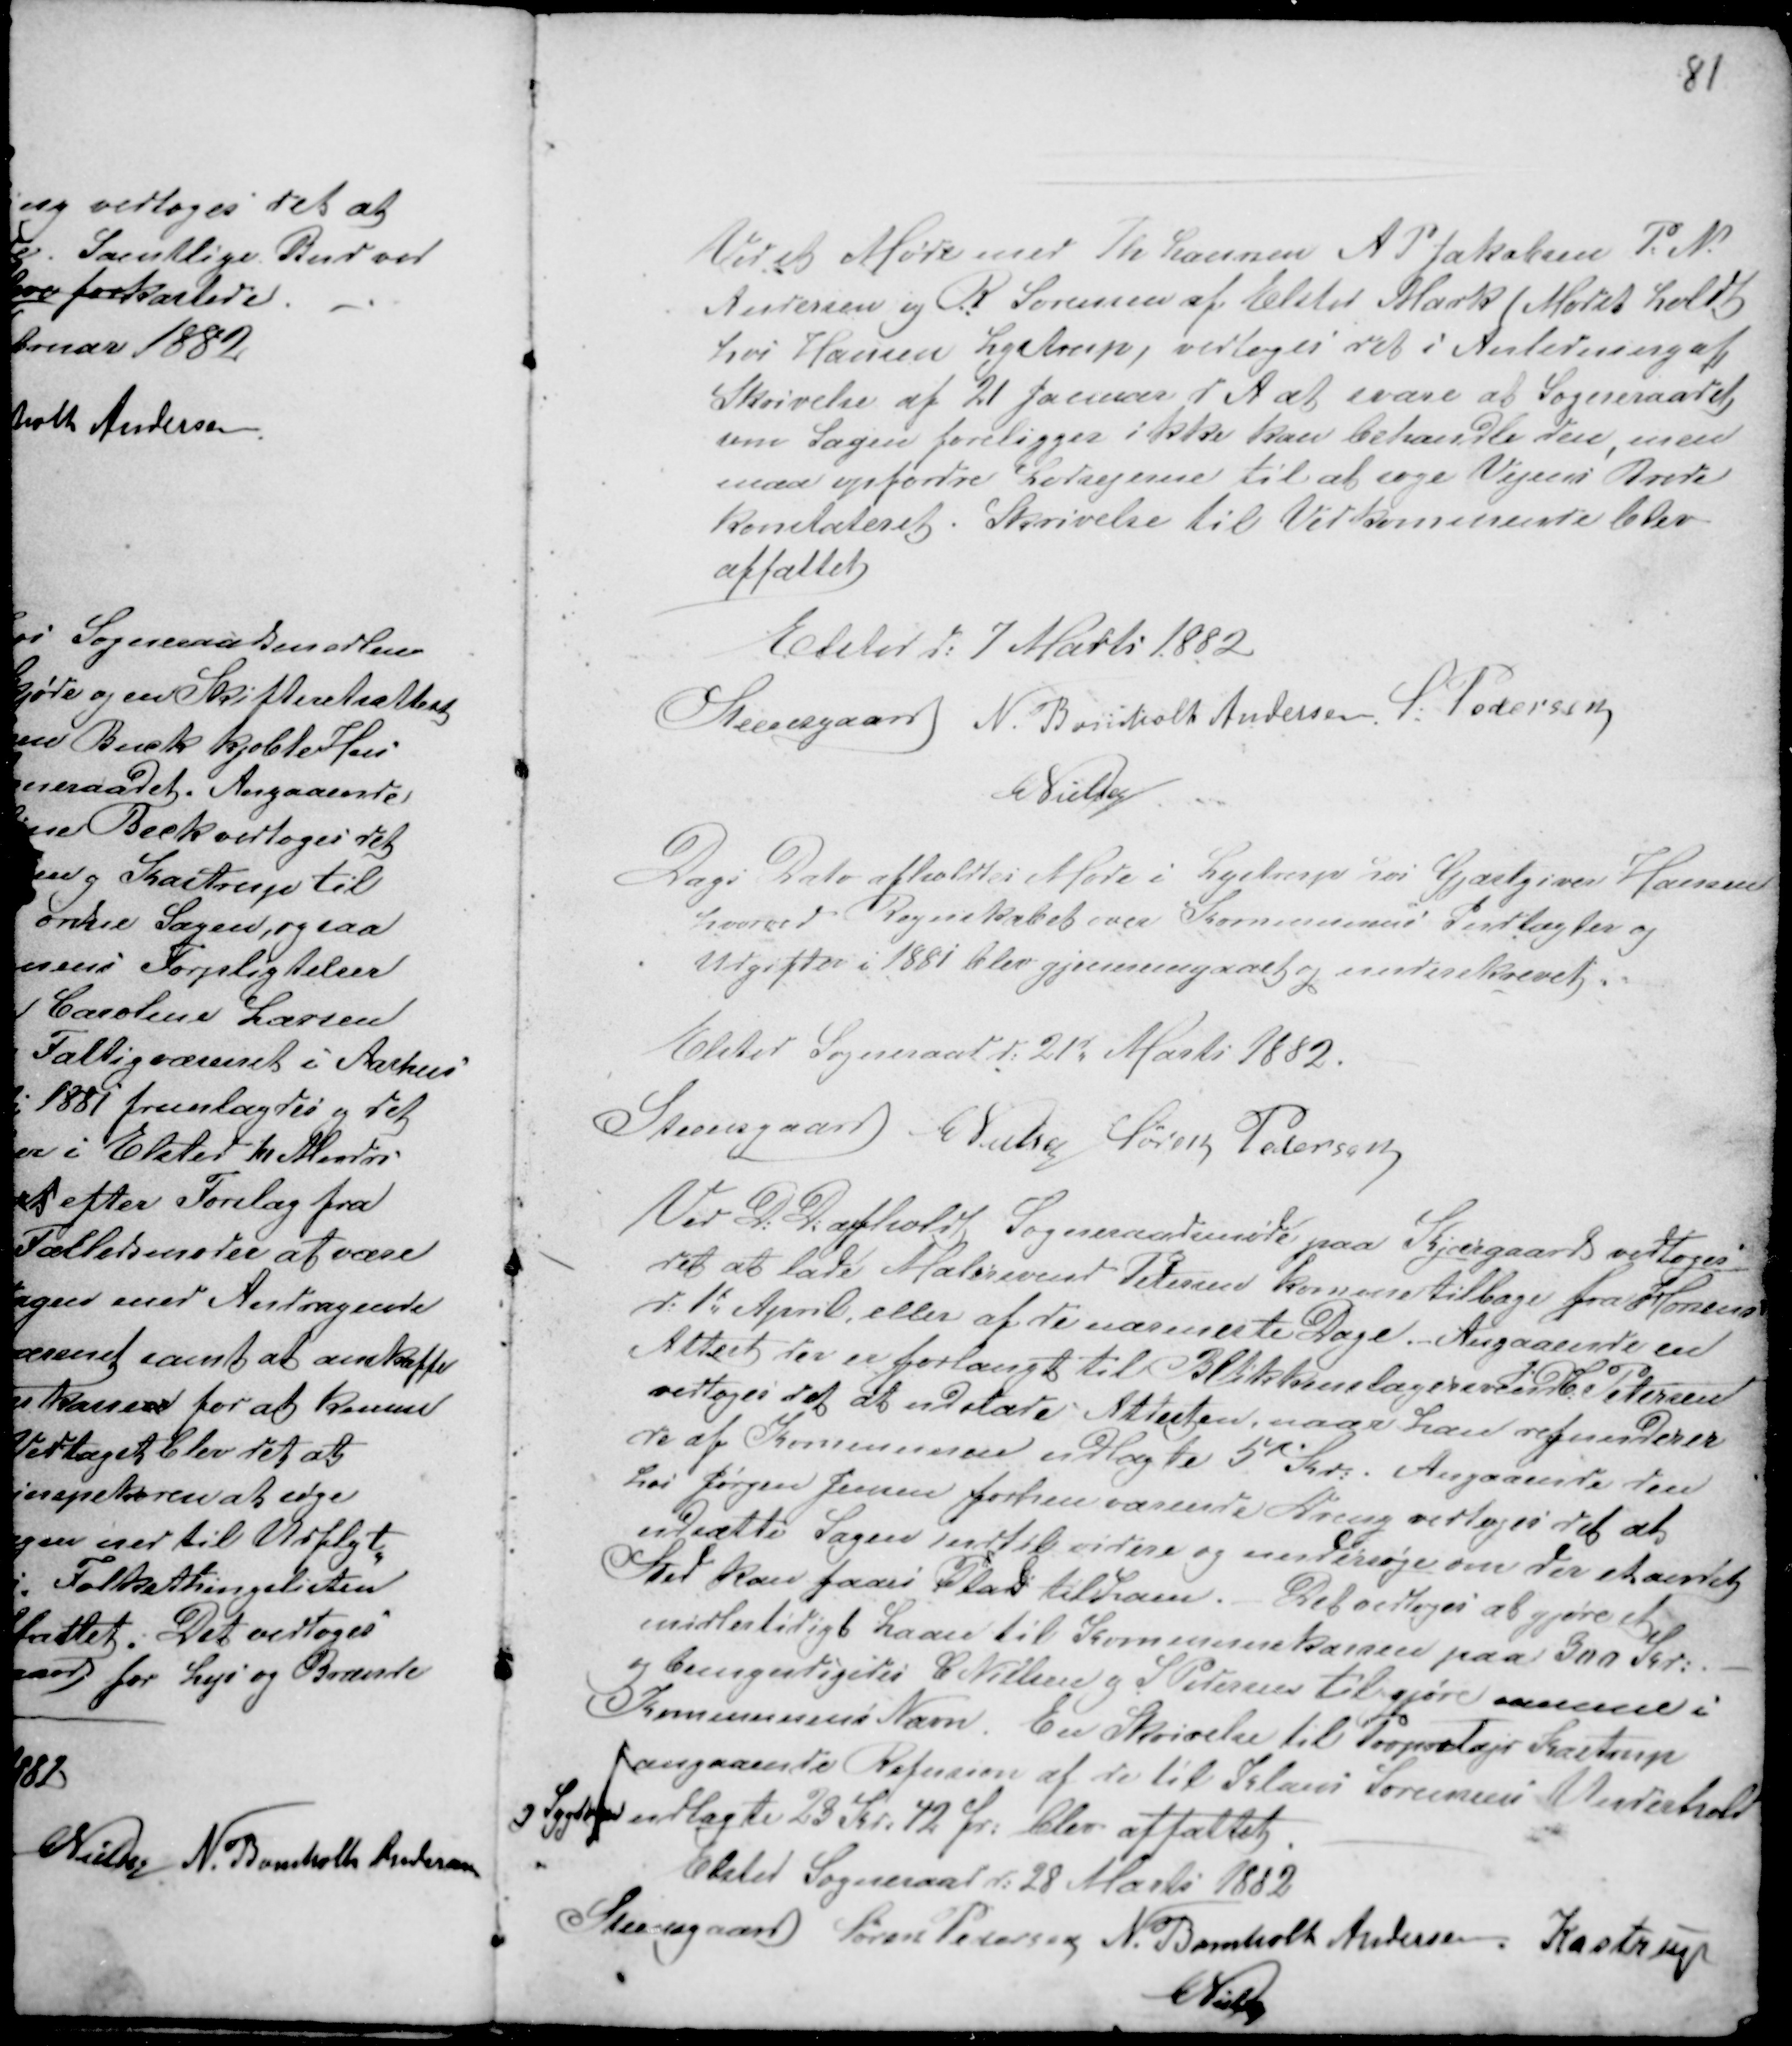
Transskription:
Ved et Møde med Th Laursen A P Jakobsen P. N.
Andersen og R Sørensen af Elsted Mark (Mødet holdt
hos Hansen Lystrup) vedtoges det i Anledning af
Skrivelse af 21 Januar d A at svare at Sogneraadet
som Sagen foreligger ikke kan behandle den, men
maa opfordre Lodsejerne til at søge Vejens Brede
konstateret. Skrivelse til Vedkommende blev
affattet
Elsted d: 7 Marts 1882.
Steensgaard N. Bomholt Andersen. S: Pedersen
CNielsen

Dags Dato afholdtes Møde i Lystrup hos Gjæstgiver Hansen
hvorved Regnskab over Kommunens Indtægter og
Udgifter i 1881 blev gjennemgaaet og underskrevet.
Elsted Sogneraad d: 21d Marts 1882.
Steensgaard C Nielsen Søren Pedersen

Ved D: D: afholdt Sogneraadsmøde paa Kjærgaard vedtoges
det at lade Malersvend Petersen komme tilbage fra Horsens
d: 1d April, eller af de nærmeste Dage. Angaaende en
Attest der er forlangt til Blikkenslagersvend
J.
C: Petersen
vedtoges det at udstæde Attesten naar han refunderer
de af Kommunen udlagte 5 Kr. Angaaende den
hos Jørgen Jensen forhen værende Dreng vedtoges det at
udsætte Sagen indtil videre og undersøge om der et andet
Sted kan faaes Pla
d
s til ham. Det vedtoges at gjøre et
midlertidigt Laan til Kommunekassen paa 300 Kr. -
og bemyndigedes C Nielsen g S. Pedersen til gjøre a........ i
Kommunens Navn. En Skrivelse til Propritajr Kastrup
angaaende Refusion af de til Klaus Sørensens Underhold
g Sygdom Udlagte 23 Kr 42 Ør: blev affattet. -
Elsted Sogneraad d: 28 Marts 1882
Steensgaard Søren Pedersen N. Bomholt Andersen. Kastrup
CNielsen